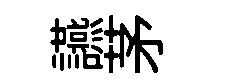
讌茅